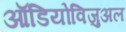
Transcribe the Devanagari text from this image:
ऑडियोविजुअल